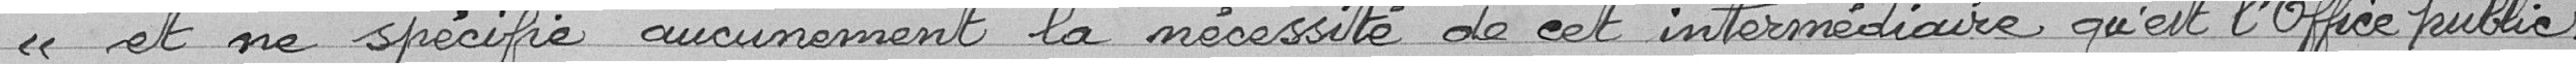
et ne spécifie aucunement la nécessité de cet intermédiaire qu'est l'Office public